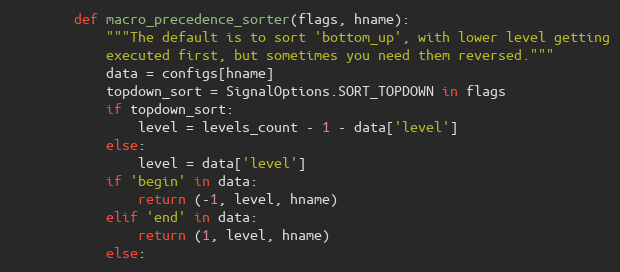
Language: Python
        def macro_precedence_sorter(flags, hname):
            """The default is to sort 'bottom_up', with lower level getting
            executed first, but sometimes you need them reversed."""
            data = configs[hname]
            topdown_sort = SignalOptions.SORT_TOPDOWN in flags
            if topdown_sort:
                level = levels_count - 1 - data['level']
            else:
                level = data['level']
            if 'begin' in data:
                return (-1, level, hname)
            elif 'end' in data:
                return (1, level, hname)
            else: